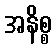
အနိစ္စ